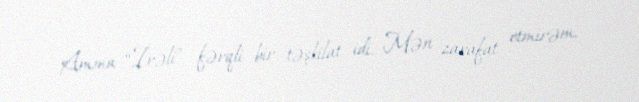
Amma “İrəli” fərqli bir təşkilat idi. Mən zarafat etmirəm.